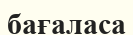
бағаласа